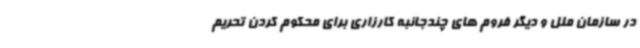
در سازمان ملل و دیگر فروم های چندجانبه کارزاری برای محکوم کردن تحریم